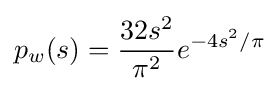
p_{w}(s)={\frac {32s^{2}}{\pi ^{2}}}e^{-4s^{2}/\pi }